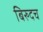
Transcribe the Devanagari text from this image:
बिरुदच